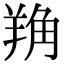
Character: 𦎈